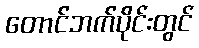
တောင်ဘက်ပိုင်းတွင်